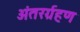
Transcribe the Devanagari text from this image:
अंतरर्ग्रहण